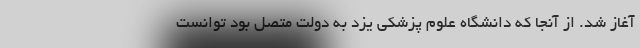
آغاز شد. از آنجا که دانشگاه علوم پزشکی یزد به دولت متصل بود توانست